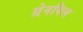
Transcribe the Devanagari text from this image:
ग्रेनविल